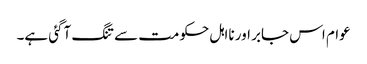
عوام اس جابر اور نااہل حکومت سے تنگ آگئی ہے۔